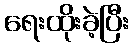
ရေးထိုးခဲ့ပြီး